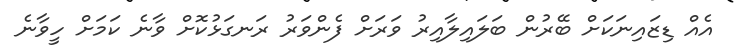
އެއް ޑިޒައިނަކަށް ބޭރުން ބަލައިލާއިރު ވަރަށް ފެންވަރު ރަނގަޅުކޮށް ވާނެ ކަމަށް ހީވާނެ